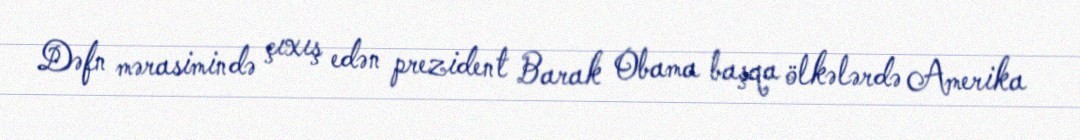
Dəfn mərasimində çıxış edən prezident Barak Obama başqa ölkələrdə Amerika